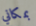
بمكاني